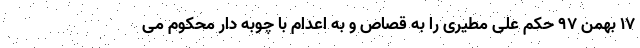
۱۷ بهمن ۹۷ حکم علی مطیری را به قصاص و به اعدام با چوبه دار محکوم می